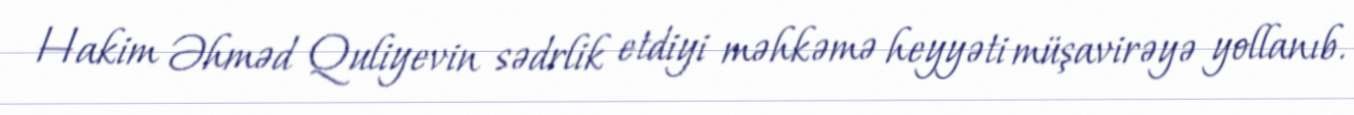
Hakim Əhməd Quliyevin sədrlik etdiyi məhkəmə heyyəti müşavirəyə yollanıb.